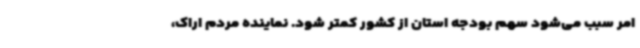
امر سبب می‌شود سهم بودجه استان از کشور کمتر شود. نماینده مردم اراک،